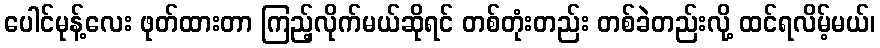
ပေါင်မုန့်လေး ဖုတ်ထားတာ ကြည့်လိုက်မယ်ဆိုရင် တစ်တုံးတည်း တစ်ခဲတည်းလို့ ထင်ရလိမ့်မယ်၊